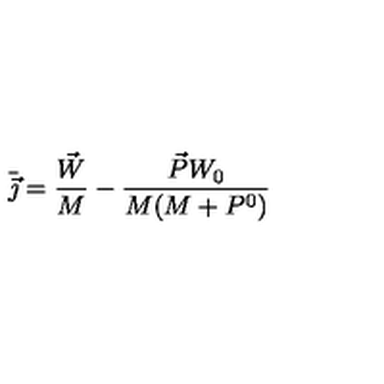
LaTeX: \bar { \vec { \jmath } } = \frac { \vec { W } } { M } - \frac { \vec { P } W _ { 0 } } { M ( M + P ^ { 0 } ) }